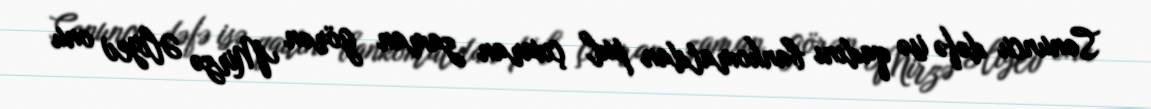
Sonuncu dəfə isə qadını bankomatdan pul çıxaran zaman görən Mirzə Əliyev onu